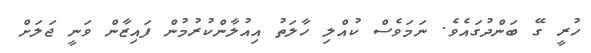
ހުރީ ގޭ ބަންދުގައެވެ. ނަމަވެސް ކުއްލި ހާލަތު އިއުލާންކުރުމުން ފައިޒާން ވަނީ ޖަލަށް